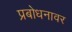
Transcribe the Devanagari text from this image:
प्रबोधनावर